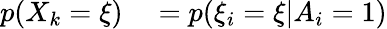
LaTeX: \begin{array}{rl}{p(X_{k}=\xi)}&{{}=p(\xi_{i}=\xi|A_{i}=1)}\end{array}